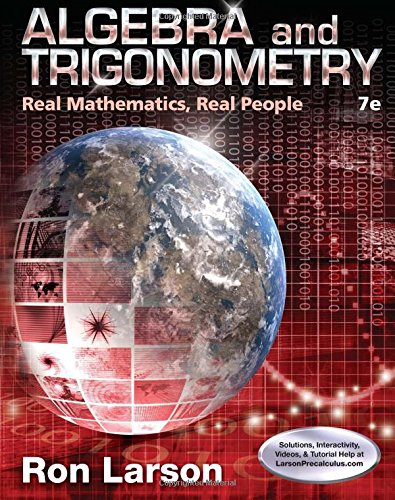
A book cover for Algebra and Trigonometry: Real Mathematics, Real People; Ron Larson; Science & Math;